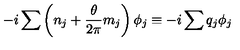
- i \sum \left( n _ { j } + \frac { \theta } { 2 \pi } m _ { j } \right) \phi _ { j } \equiv - i \sum q _ { j } \phi _ { j }